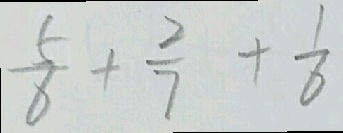
\frac { 5 } { 6 } + \frac { 2 } { 7 } + \frac { 1 } { 6 }